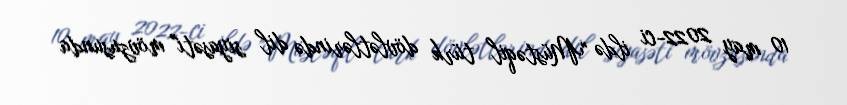
10 may 2022-ci ildə "Müstəqil türk dövlətlərində dil siyasəti" mövzusunda